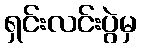
ရှင်းလင်းပွဲမှ